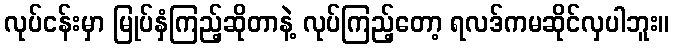
လုပ်ငန်းမှာ မြုပ်နှံကြည့်ဆိုတာနဲ့ လုပ်ကြည့်တော့ ရလဒ်ကမဆိုင်လှပါဘူး။